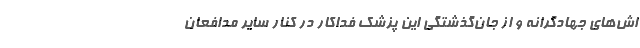
اش‌های جهادگرانه و از جان‌گذشتگی این پزشک فداکار در کنار سایر مدافعان